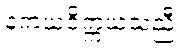
နကယဝိက္ကယသညီ